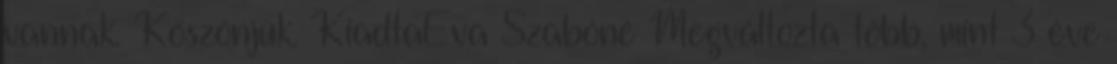
vannak. Köszönjük. KiadtaÉva Szabóné Megváltozta több, mint 3 éve